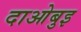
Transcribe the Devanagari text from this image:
दाओबुइ